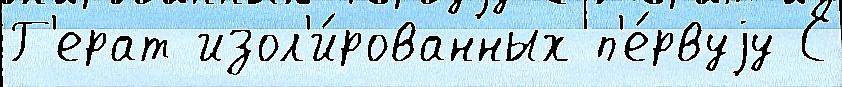
Г'ерат изол'и́рованных п'е́рвуjу С